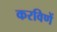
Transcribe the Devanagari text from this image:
करविणें